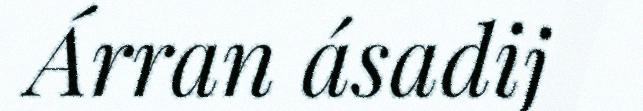
Árran ásadij